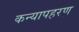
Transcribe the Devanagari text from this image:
कन्यापहरण